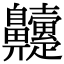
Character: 𮮹